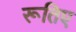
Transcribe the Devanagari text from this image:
रूतिए